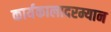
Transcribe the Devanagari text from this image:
कार्यकालादरम्यान